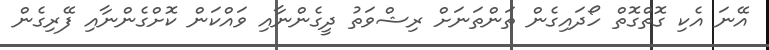
އޭނަ އެކި ގޮތްގޮތް ހޯދައިގެން ތަންތަނަށް ރިޝްވަތު ދީގެންނާއި ވައްކަން ކޮށްގެންނާއި ފޭރިގެން